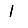
Digit: 1